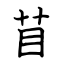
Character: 苜